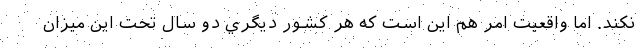
نكند. اما واقعيت امر هم اين است كه هر كشور ديگري دو سال تحت اين ميزان